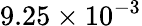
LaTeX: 9.25\times 10^{-3}